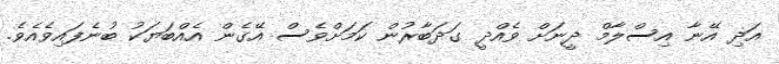
އަދި އޭނާ އިސްލާމް ދީނަށް ވެއްދީ ގަދަބާރުން ކަމަށްވެސް އޭގެން އެއްބަޔަކު ބުނެފައިވެއެވެ.